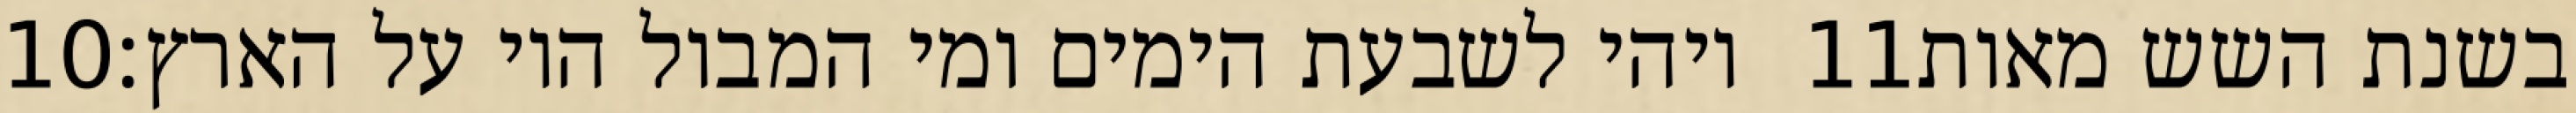
‎10‏ ויהי לשבעת הימים ומי המבול היו על הארץ׃ ‎11‏ בשנת השש מאות